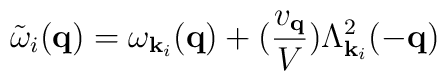
{\tilde{\omega}}_{i}( {\bf{q}} ) = \omega_{ {\bf{k}}_{i} }({\bf{q}}) + (\frac{ v_{ {\bf{q}} } }{V})\Lambda^{2}_{ {\bf{k}}_{i} }(-{\bf{q}})